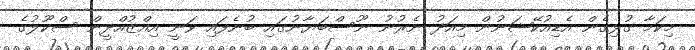
މިކަމާ ގުޅިގެން އެޑިއުކޭޝަނުން މިއަދު ނެރުނު ނޫސްބަޔާނުގައި ބުނެފައި ވަނީ އިއްޒުއްދީން ސްކޫލުގެ